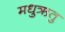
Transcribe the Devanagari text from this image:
मधुऋतु